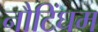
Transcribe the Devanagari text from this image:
नौटिंघम